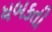
ધબકતી